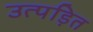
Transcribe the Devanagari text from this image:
उत्पड़ित